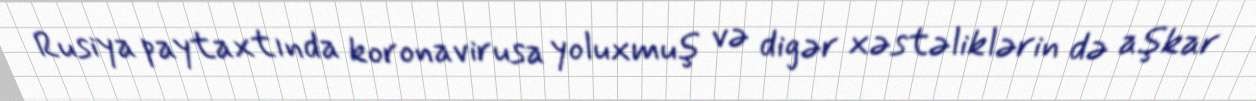
Rusiya paytaxtında koronavirusa yoluxmuş və digər xəstəliklərin də aşkar